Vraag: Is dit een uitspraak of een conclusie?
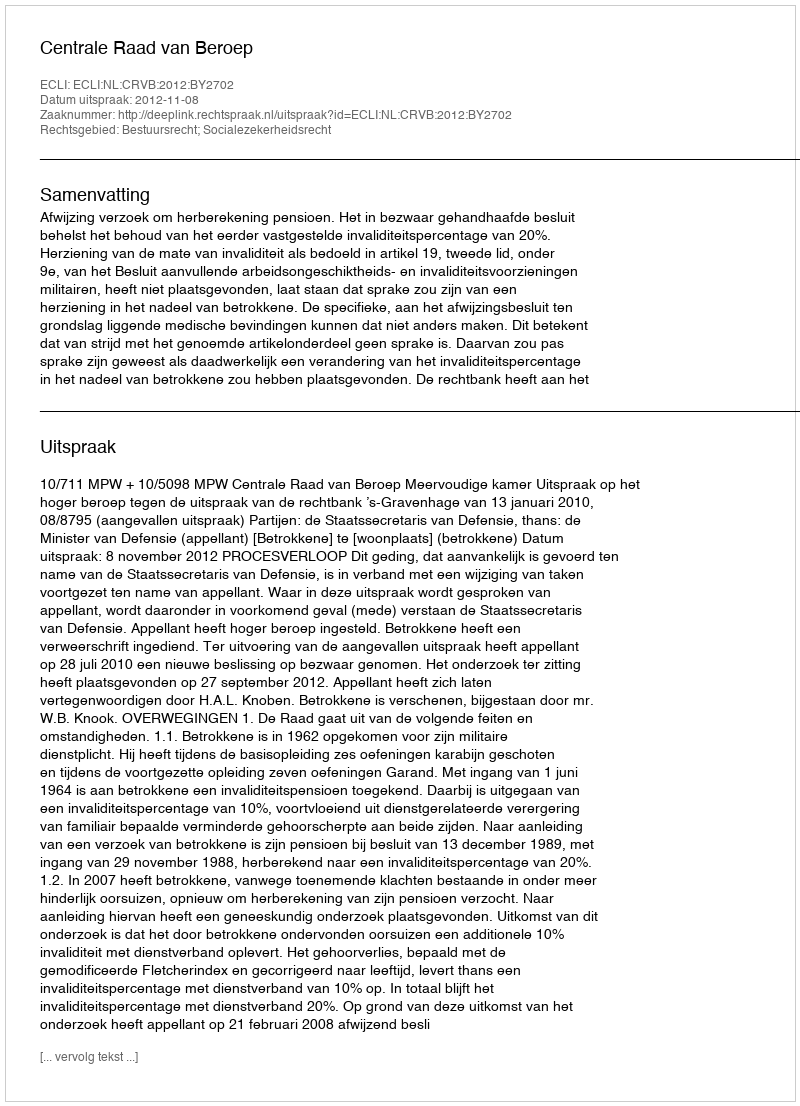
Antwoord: Uitspraak